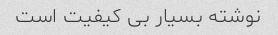
نوشته بسیار بی کیفیت است